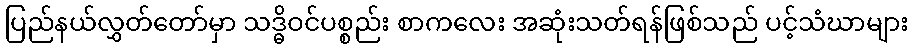
ပြည်နယ်လွှတ်တော်မှာ သဒ္ဓိဝင်ပစ္စည်း စာကလေး အဆုံးသတ်ရန်ဖြစ်သည် ပင့်သံဃာများ